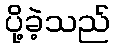
ပို့ခဲ့သည်